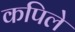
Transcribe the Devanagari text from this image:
कपिले